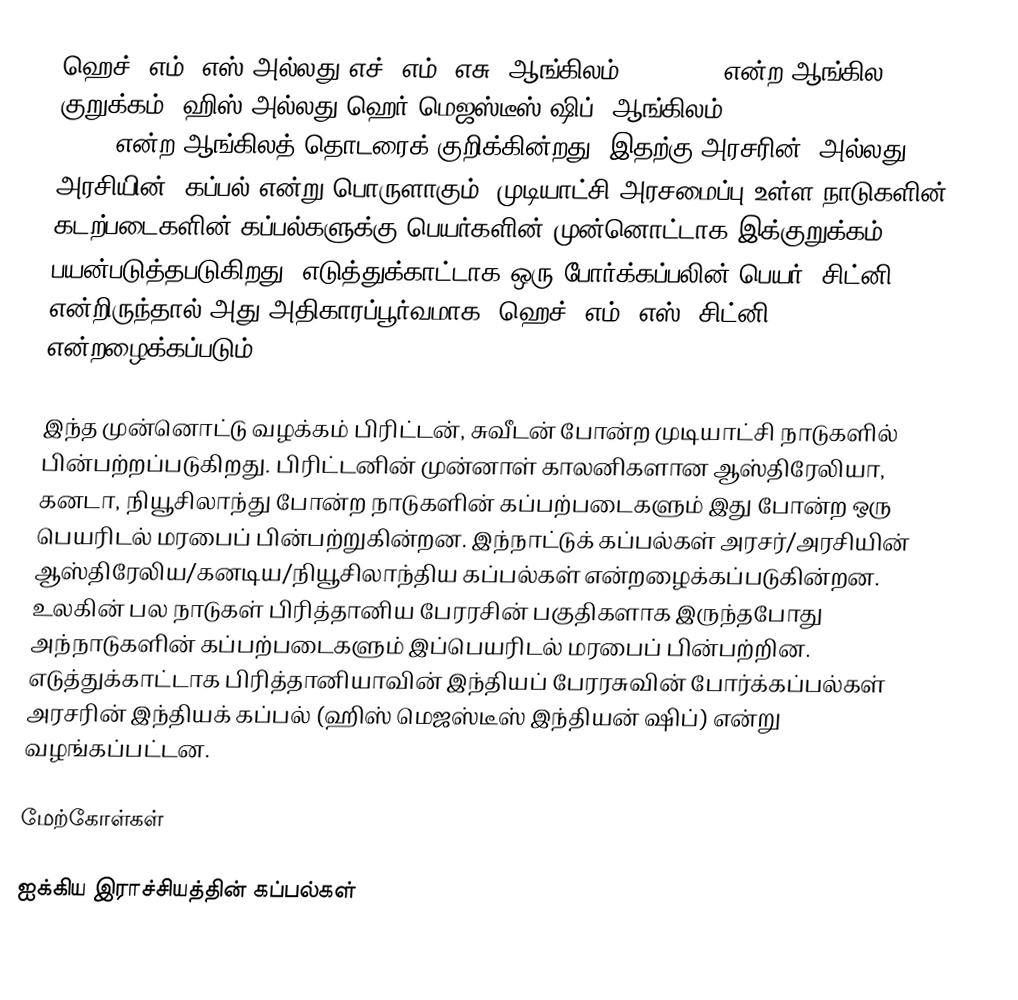
ஹெச். எம். எஸ் அல்லது எச். எம். எசு (ஆங்கிலம்: H. M. S) என்ற ஆங்கில குறுக்கம், ஹிஸ் அல்லது ஹெர் மெஜஸ்டீஸ் ஷிப் (ஆங்கிலம்: His or Her Majesty's Ship) என்ற ஆங்கிலத் தொடரைக் குறிக்கின்றது. இதற்கு அரசரின் (அல்லது அரசியின்) கப்பல் என்று பொருளாகும். முடியாட்சி அரசமைப்பு உள்ள நாடுகளின் கடற்படைகளின் கப்பல்களுக்கு பெயர்களின் முன்னொட்டாக இக்குறுக்கம் பயன்படுத்தபடுகிறது. எடுத்துக்காட்டாக ஒரு போர்க்கப்பலின் பெயர் ”சிட்னி” என்றிருந்தால் அது அதிகாரப்பூர்வமாக ”ஹெச். எம். எஸ். சிட்னி” என்றழைக்கப்படும்.

இந்த முன்னொட்டு வழக்கம் பிரிட்டன், சுவீடன் போன்ற முடியாட்சி நாடுகளில் பின்பற்றப்படுகிறது. பிரிட்டனின் முன்னாள் காலனிகளான ஆஸ்திரேலியா, கனடா, நியூசிலாந்து போன்ற நாடுகளின் கப்பற்படைகளும் இது போன்ற ஒரு பெயரிடல் மரபைப் பின்பற்றுகின்றன. இந்நாட்டுக் கப்பல்கள் அரசர்/அரசியின் ஆஸ்திரேலிய/கனடிய/நியூசிலாந்திய கப்பல்கள் என்றழைக்கப்படுகின்றன. உலகின் பல நாடுகள் பிரித்தானிய பேரரசின் பகுதிகளாக இருந்தபோது அந்நாடுகளின் கப்பற்படைகளும் இப்பெயரிடல் மரபைப் பின்பற்றின. எடுத்துக்காட்டாக பிரித்தானியாவின் இந்தியப் பேரரசுவின் போர்க்கப்பல்கள் அரசரின் இந்தியக் கப்பல் (ஹிஸ் மெஜஸ்டீஸ் இந்தியன் ஷிப்) என்று வழங்கப்பட்டன.

மேற்கோள்கள்

ஐக்கிய இராச்சியத்தின் கப்பல்கள்